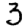
Digit: 3